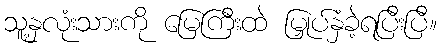
သူ့နှလုံးသားကို မြေကြီးထဲ မြှုပ်နှံခဲ့ရပြီးပြီ။